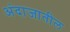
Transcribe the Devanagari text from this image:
अंदाजातील